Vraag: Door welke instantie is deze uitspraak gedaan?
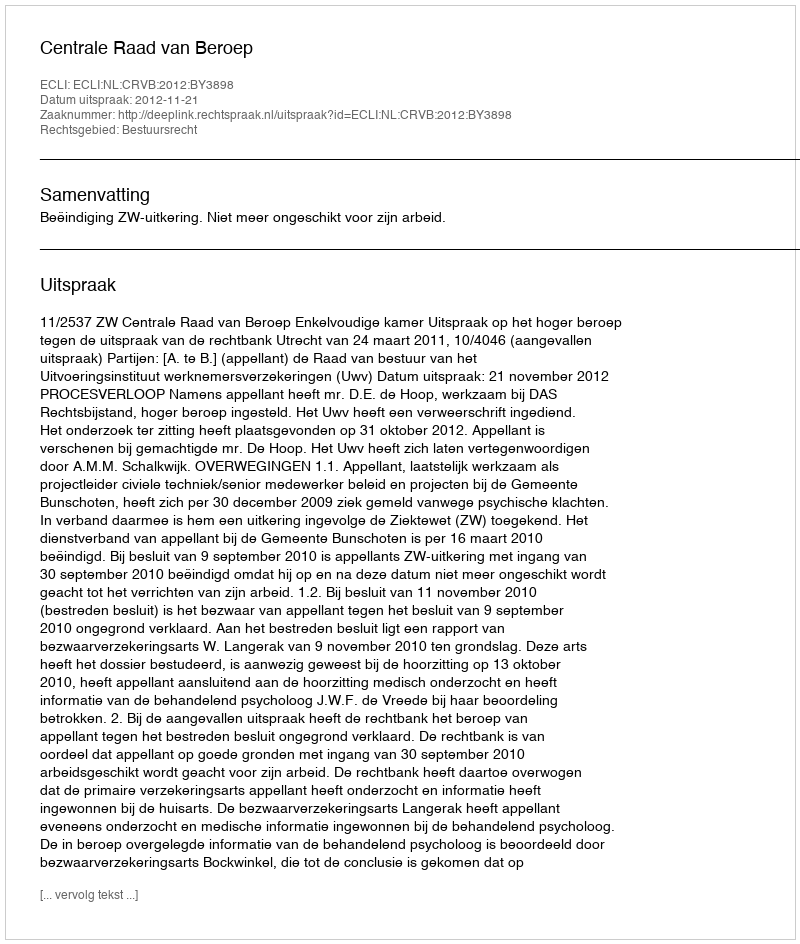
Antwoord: Centrale Raad van Beroep